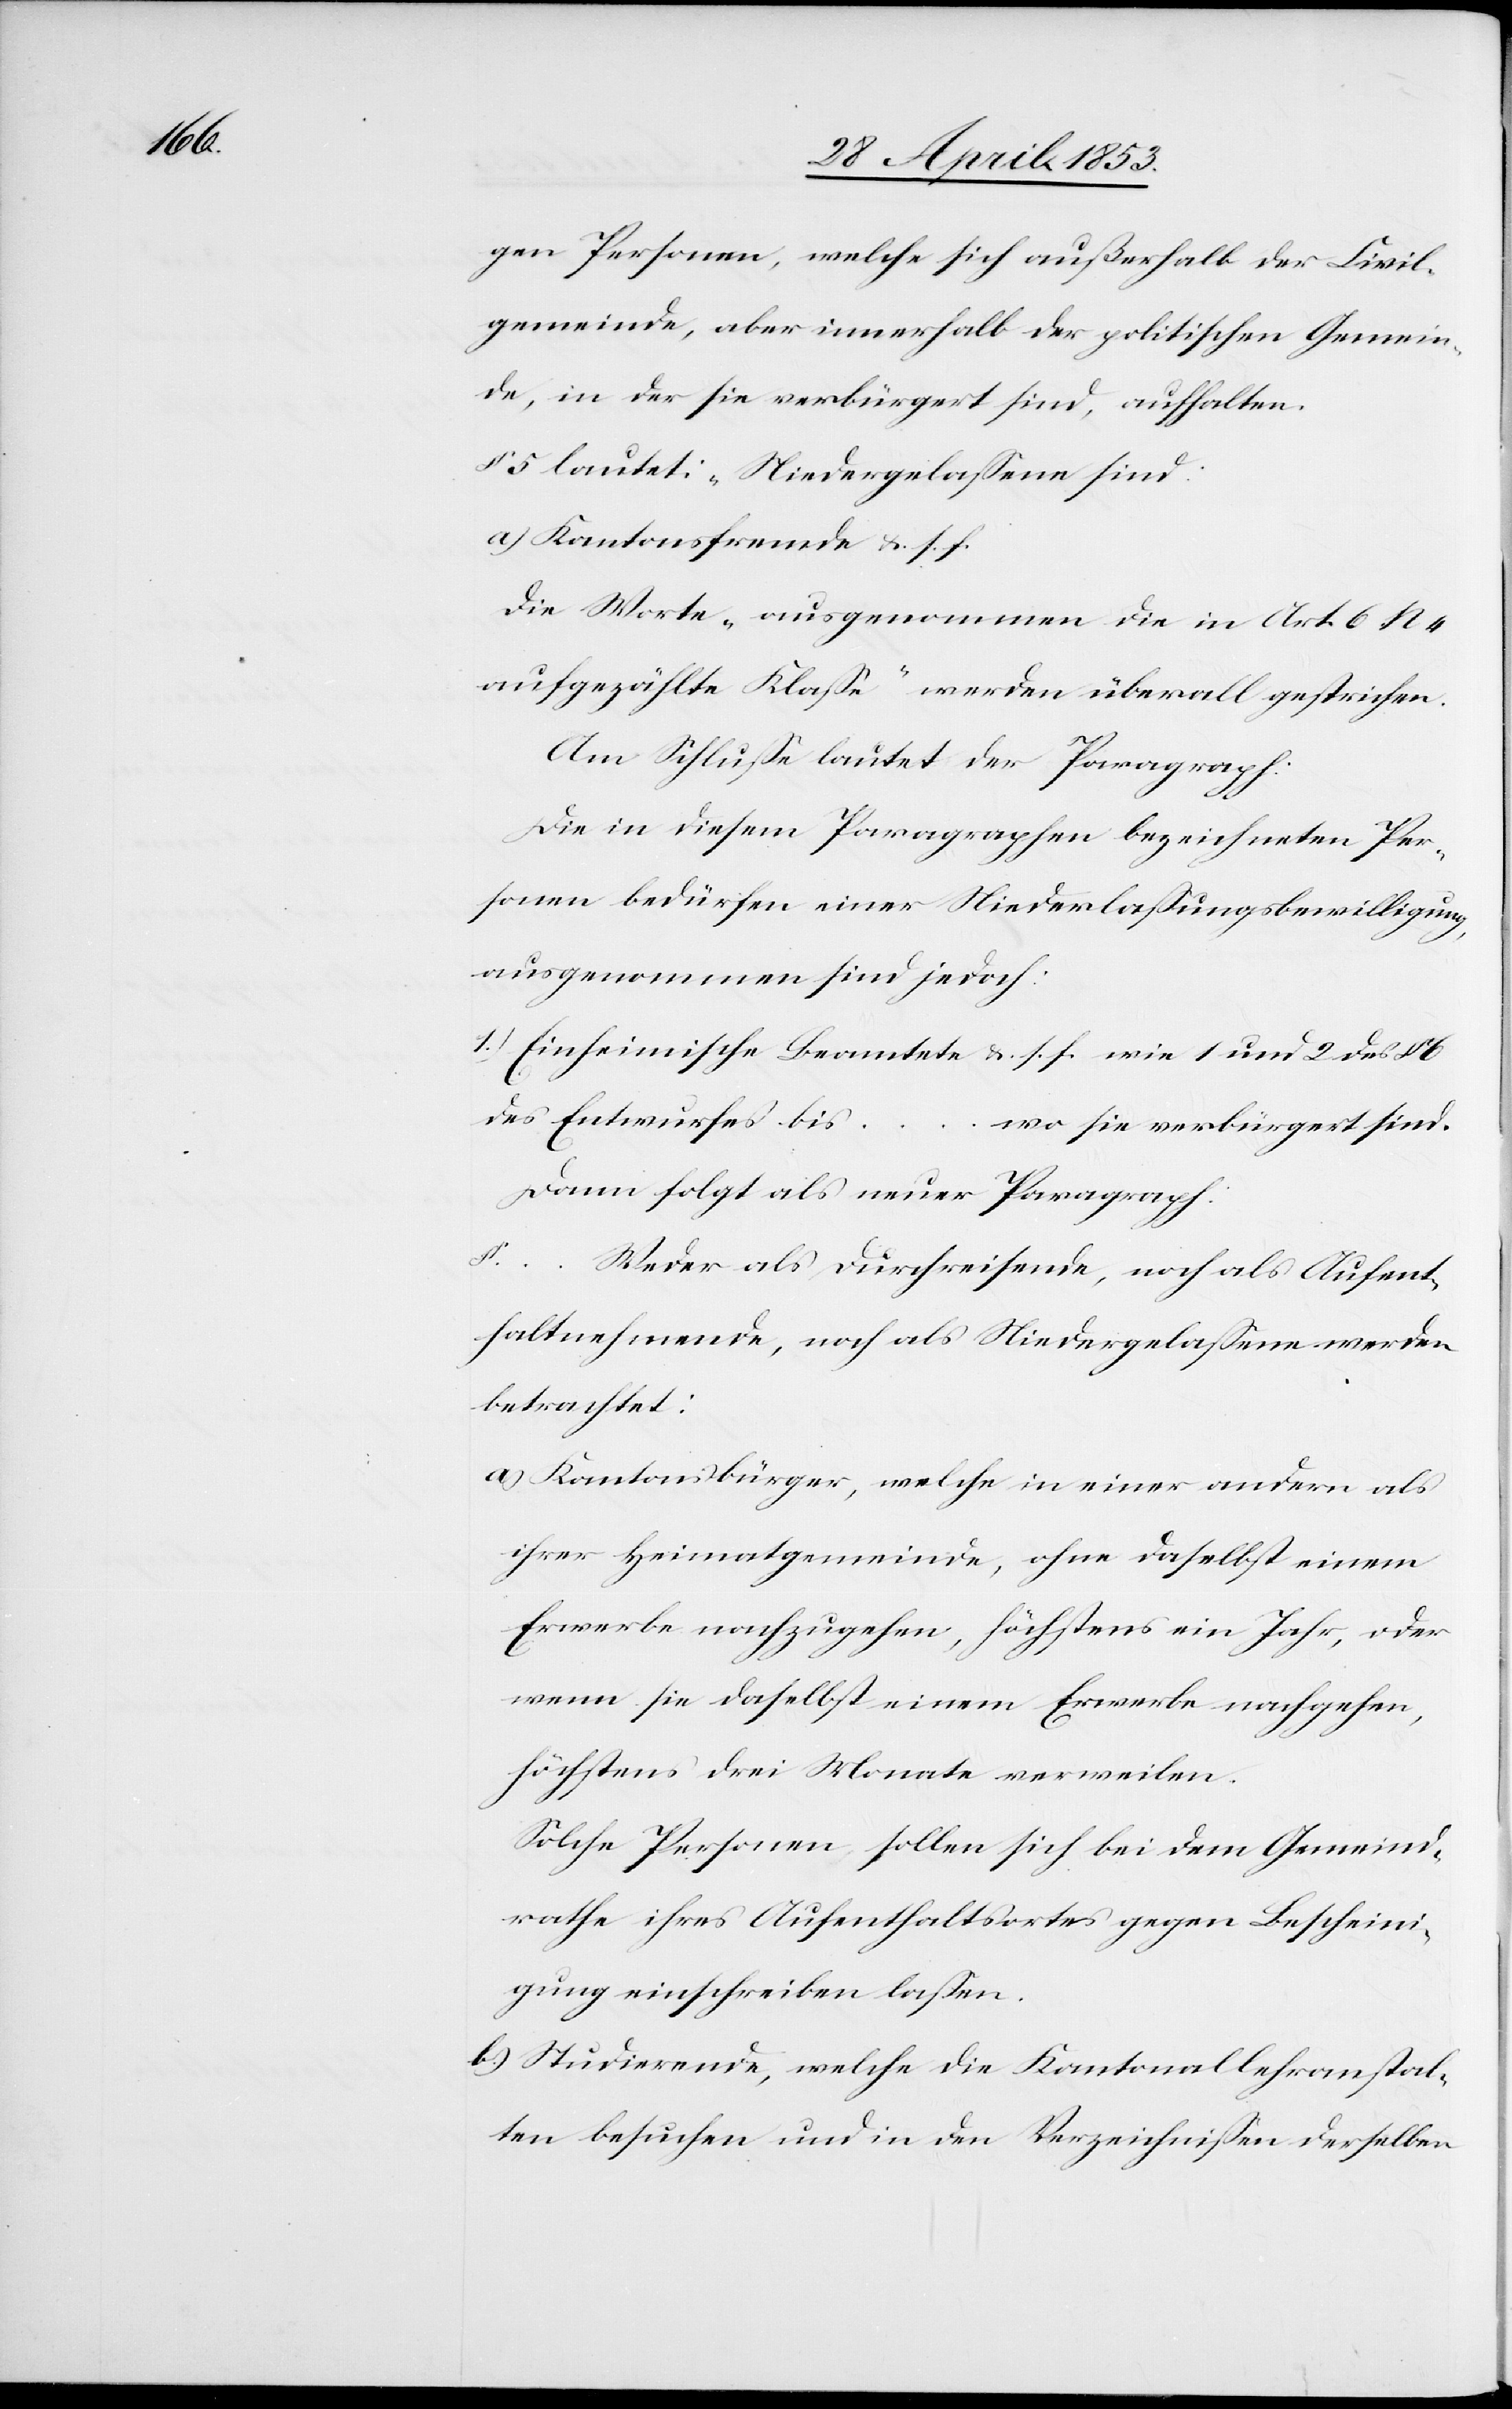
gen Personen, welche sich außerhalb de Civil¬
gemeinde, aber innerhalb der politischen Gemein¬
de, in der sie verbürgert sind, aufhalten.
§ 5 lautet: „Niedergelaßene sind:
a.) Kantonsfremde u. s. f.
Die Worte „ausgenommen die in Art. 6 N 4
aufgezählte Klaße“ werden überall gestrichen.
Am Schluße lautet der Paragraph:
Die in diesem Paragraphen bezeichneten Per¬
sonen bedürfen einer Niederlaßungsbewilligung,
ausgenommen sind jedoch:
1.) Einheimische Beamtete u. s. f. wie 1 und 2 des §
des Entwurfes bis
wo sie verbürgert sind.
Dann folgt als neuer Paragraph:
§ …Weder als Durchreisende, noch als Aufent¬
haltnehmende, noch als Niedergelaßene werden
betrachtet:
a, Kantonsbürger, welche in einer andern als
ihrer Heimatsgemeinde, ohne daselbst einem
Erwerbe nachzugehen, höchstens ein Jahr, oder
wenn sie daselbst einem Erwerbe nachgehen,
höchstens drei Monate verweilen.
Solche Personen sollen sich bei dem Gemeind¬
rathe ihres Aufenthaltsortes gegen Bescheini¬
gung einschreiben laßen.
b) Studierende, welche die Kantonallehranstal¬
ten besuchen und in den Verzeichnißen derselben